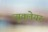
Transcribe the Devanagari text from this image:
न्युक्लेयर